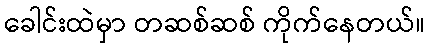
ခေါင်းထဲမှာ တဆစ်ဆစ် ကိုက်နေတယ်။